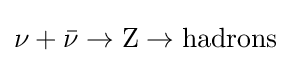
\nu +{\bar {\nu }}\to {\text{Z}}\to {\text{hadrons}}